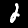
Label: 2